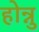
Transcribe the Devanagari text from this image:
होन्नु